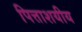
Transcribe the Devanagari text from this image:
पित्ताशयीय